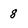
Character: 8